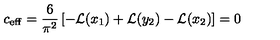
c _ { \mathrm { e f f } } = { \frac { 6 } { \pi ^ { 2 } } } \left[ - { \cal L } ( x _ { 1 } ) + { \cal L } ( y _ { 2 } ) - { \cal L } ( x _ { 2 } ) \right] = 0